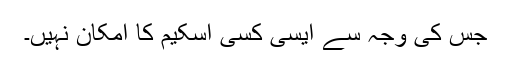
جس کی وجہ سے ایسی کسی اسکیم کا امکان نہیں۔